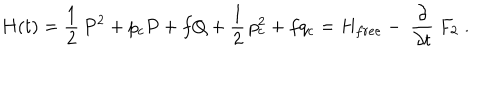
H ( t ) = { \frac 1 2 \, } P ^ { 2 } + p _ { c } P + f Q + { \frac 1 2 \, } p _ { c } ^ { 2 } + f q _ { c } = H _ { f r e e } - { \ \frac \partial { \partial t } } ~ F _ { 2 } \; .